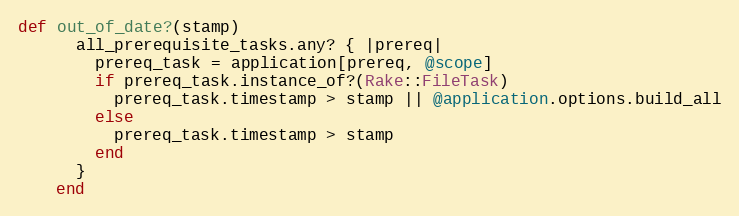
Language: Ruby
def out_of_date?(stamp)
      all_prerequisite_tasks.any? { |prereq|
        prereq_task = application[prereq, @scope]
        if prereq_task.instance_of?(Rake::FileTask)
          prereq_task.timestamp > stamp || @application.options.build_all
        else
          prereq_task.timestamp > stamp
        end
      }
    end